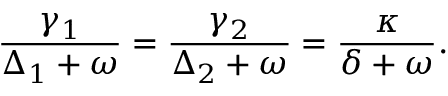
\frac { \gamma _ { 1 } } { \Delta _ { 1 } + \omega } = \frac { \gamma _ { 2 } } { \Delta _ { 2 } + \omega } = \frac { \kappa } { \delta + \omega } .